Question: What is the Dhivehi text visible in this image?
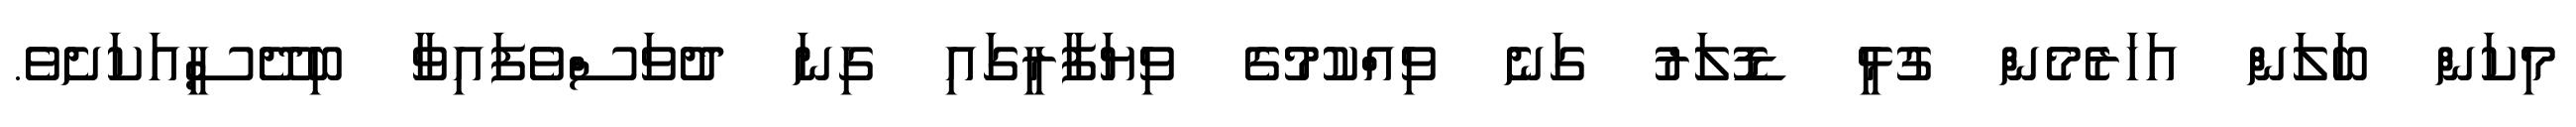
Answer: މިކަން ބަލަން އަހަރެމެން ގުޅީ ޑޮލަރު ގަނެ ވިއްކުމުގެ ވިޔަފާރީގައި ގިނަ ދުވަސްވެފައިވާ ބިދޭސީއަކަށެވެ.